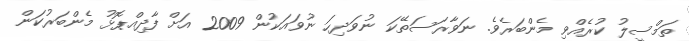
ތަމްސީލު ކުރެއްވި މެންބަރެވެ. ނަވާރަސަތޭކަ ނުވަދިހަ ނުވައަކުން 2009 އަށް ފާދިއްޕޮޅު މެންބަރުކަން